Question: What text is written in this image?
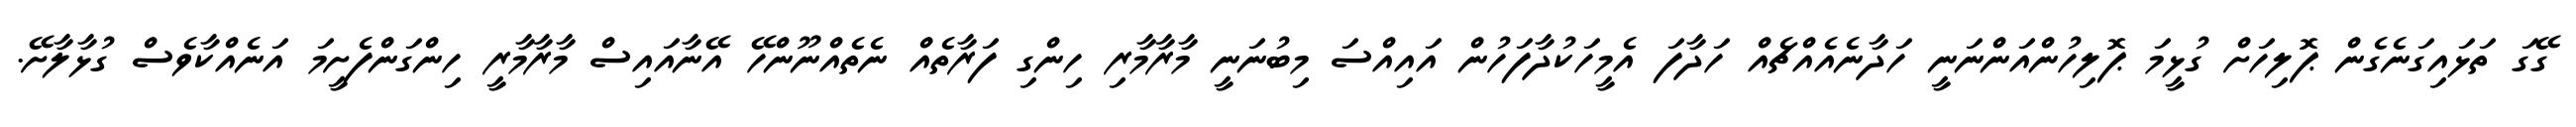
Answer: ގޭގަ ތަޅައިގަނެގެން ޕޮލިހަށް ގުޅީމަ ޕޮލިހުންއަންނަނީ ހަދާނެއެއްޗެއް ހަދާފަ އެމީހަކުދާފަހުން އައިއްސަ މިބުނަނީ މާރާމާރި ހިންގި ފަރާތެއް ނެތެއްނޫންހޭ އޭނާއައިސް މާރާމާރީ ހިންގަންފެށީމަ އަނެއްކާވެސް ގުޅާލާށޭ.